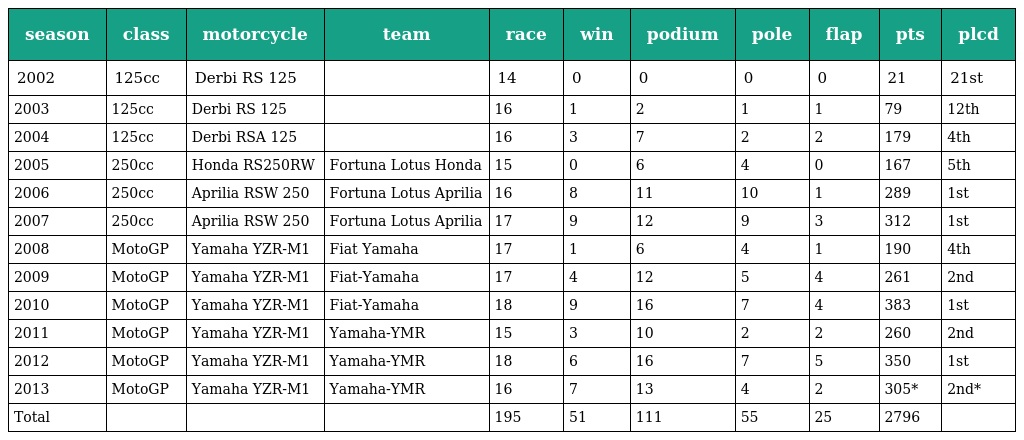
| season | class | motorcycle | team | race | win | podium | pole | flap | pts | plcd |
 | --- | --- | --- | --- | --- | --- | --- | --- | --- | --- | --- |
 | 2002 | 125cc | Derbi RS 125 |  | 14 | 0 | 0 | 0 | 0 | 21 | 21st |
 | 2003 | 125cc | Derbi RS 125 |  | 16 | 1 | 2 | 1 | 1 | 79 | 12th |
 | 2004 | 125cc | Derbi RSA 125 |  | 16 | 3 | 7 | 2 | 2 | 179 | 4th |
 | 2005 | 250cc | Honda RS250RW | Fortuna Lotus Honda | 15 | 0 | 6 | 4 | 0 | 167 | 5th |
 | 2006 | 250cc | Aprilia RSW 250 | Fortuna Lotus Aprilia | 16 | 8 | 11 | 10 | 1 | 289 | 1st |
 | 2007 | 250cc | Aprilia RSW 250 | Fortuna Lotus Aprilia | 17 | 9 | 12 | 9 | 3 | 312 | 1st |
 | 2008 | MotoGP | Yamaha YZR-M1 | Fiat Yamaha | 17 | 1 | 6 | 4 | 1 | 190 | 4th |
 | 2009 | MotoGP | Yamaha YZR-M1 | Fiat-Yamaha | 17 | 4 | 12 | 5 | 4 | 261 | 2nd |
 | 2010 | MotoGP | Yamaha YZR-M1 | Fiat-Yamaha | 18 | 9 | 16 | 7 | 4 | 383 | 1st |
 | 2011 | MotoGP | Yamaha YZR-M1 | Yamaha-YMR | 15 | 3 | 10 | 2 | 2 | 260 | 2nd |
 | 2012 | MotoGP | Yamaha YZR-M1 | Yamaha-YMR | 18 | 6 | 16 | 7 | 5 | 350 | 1st |
 | 2013 | MotoGP | Yamaha YZR-M1 | Yamaha-YMR | 16 | 7 | 13 | 4 | 2 | 305* | 2nd* |
 | Total |  |  |  | 195 | 51 | 111 | 55 | 25 | 2796 |  |